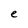
Character: e